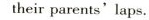
their parents' laps.